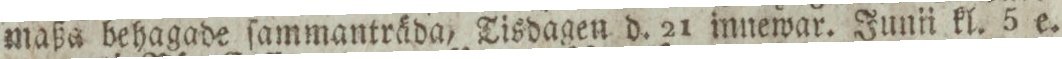
maßa behagade ſammanträda, Tisdagen d. 21 innewar. Junii kl. 5 e.